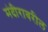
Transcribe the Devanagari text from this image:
मंदीरावरील